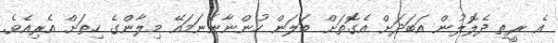
އެ ރީތި ދެލޮލުން އަބަދަށް އެގޮތަށް ބަލަން ހުންނާނެނަމައޭ މިލާންގެ ހިތަށް އެރިއެވެ.